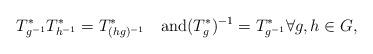
LaTeX: \begin{gather*}T_{g^{-1}}^*T_{h^{-1}}^*=T_{(hg)^{-1}}^*\quad\textrm{and}(T_g^*)^{-1}=T_{g^{-1}}^*\forall g,h\in G,\end{gather*}